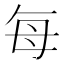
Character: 每